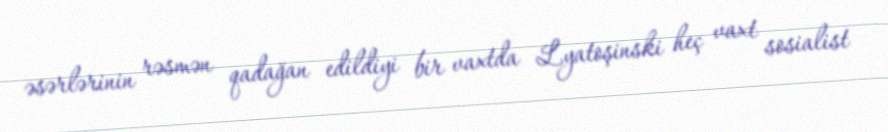
əsərlərinin rəsmən qadağan edildiyi bir vaxtda Lyatoşinski heç vaxt sosialist